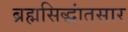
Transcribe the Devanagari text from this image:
ब्रह्मसिद्धांतसार